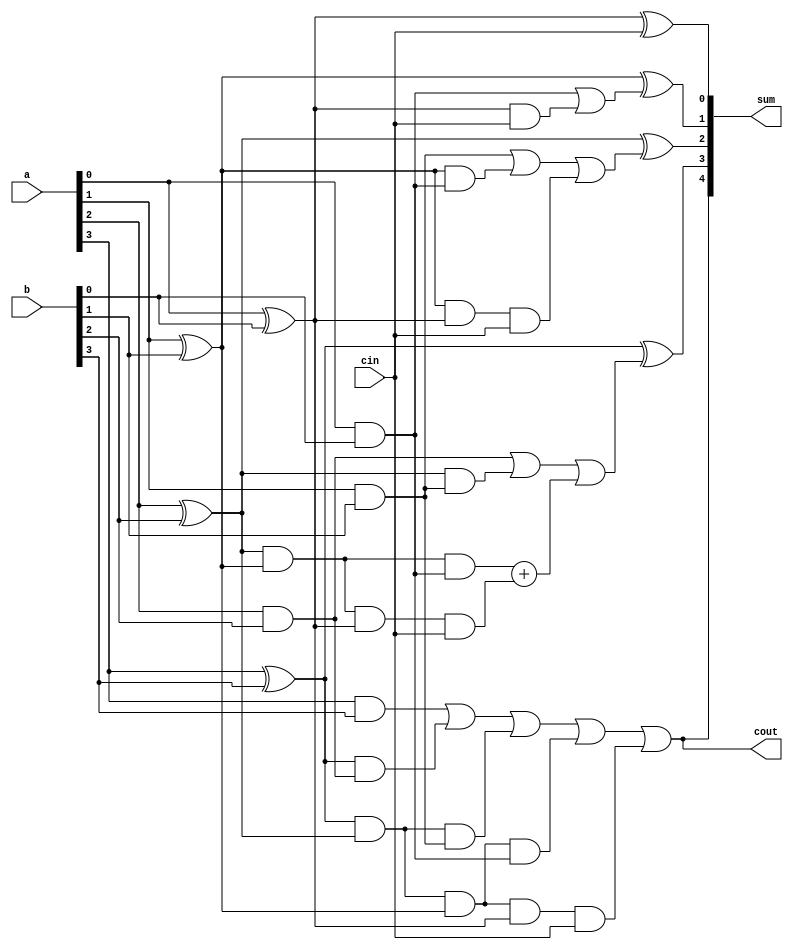
module carry_look_ahead(
    input [3:0]a, b, 
    input cin,
    output [4:0]sum, 
    output cout//final carry
);

wire p0,p1,p2,p3;//first 2 bit addition sum
wire g0,g1,g2,g3;//first two bit addition carry

wire c1,c2,c3;//along with cin and cout are all the carries required

and(g0, a[0], b[0]);
and(g1, a[1], b[1]);
and(g2, a[2], b[2]);
and(g3, a[3], b[3]);

xor(p0, a[0], b[0]);
xor(p1, a[1], b[1]);
xor(p2, a[2], b[2]);
xor(p3, a[3], b[3]);

//carry look ahead combinational operations

assign c1 = g0 | (p0 & cin);
assign c2 = g1 | (p1 & g0) | (p1 & p0 & cin);
assign c3 = g2 | (p2 & g1) | (p2 & p1 & g0) + (p2 & p1 & p0 & cin);
assign cout =  g3 | (p3 & g2) | (p3 & p2 & g1) | (p3 & p2 & p1 & g0) | (p3 & p2 & p1 & p0 & cin);

xor(sum[0], p0, cin);
xor(sum[1], p1, c1);
xor(sum[2], p2, c2);
xor(sum[3], p3, c3);
buf(sum[4], cout);
endmodule